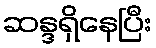
ဆန္ဒရှိနေပြီး